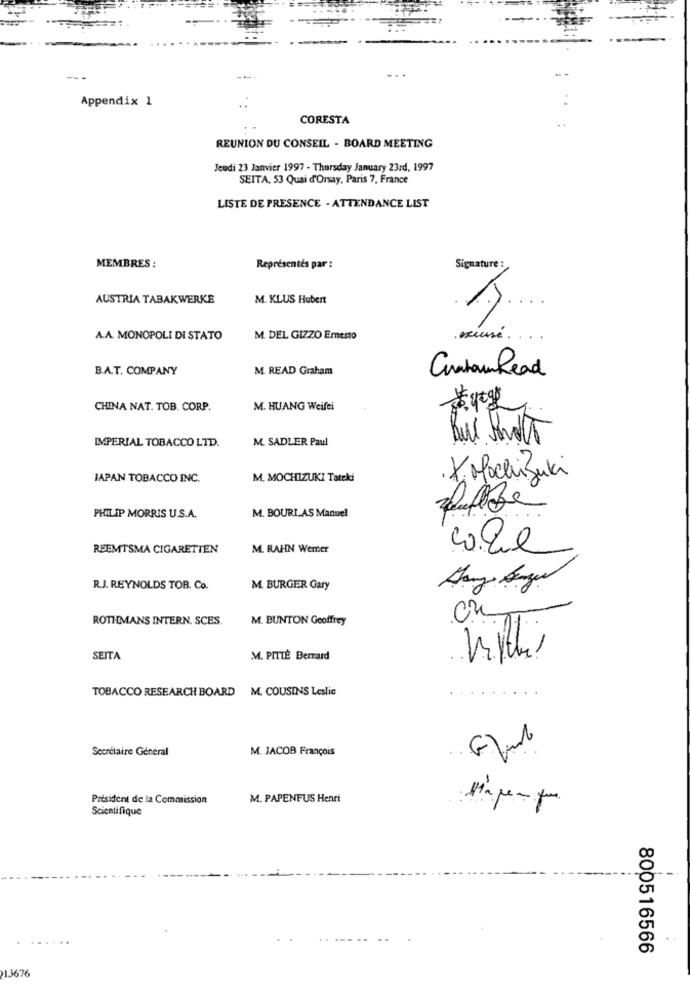
Appendix 1
CORESTA
REUNION DU CONSEIL - BOARD MEETING
Jeudi 23 Janvier 1997 - Thursday January 23rd, 1997
SEITA, 53 Quai d'orsay, Paris 7, France
LISTE DE PRESENCE - ATTENDANCE LIST
MEMBRES :
Représentés par :
Signature :
AUSTRIA TABAKWERKE
M. KLUS Hubert
A.A. MONOPOLI DI STATO
M. DEL GIZZO Emesto
B.A.T. COMPANY
M. READ Graham
CurataunRead
CHINA NAT. TOB. CORP.
M. HUANG Weifti
IMPERIAL TOBACCO LTD.
M. SADLER Paul
JAPAN TOBACCO INC.
M. MOCHIZUKI Tateki
X. Mochi Zuki
M. BOURLAS Manuel
PHILIP MORRIS U.S.A.
REEMTSMA CIGARETTEN
M. RAHN Wemer
R.J. REYNOLDS TOB. Co.
M. BURGER Gary
ROTHMANS INTERN. SCES.
M. BUNTON Geoffrey
SEITA
M. PITTÉ Berrard
TOBACCO RESEARCH BOARD M. COUSINS Leslie
Secrétaire Général
M. JACOB François
President de la Commission
M. PAPENFUS Henri
Scientifique
800516566
13676